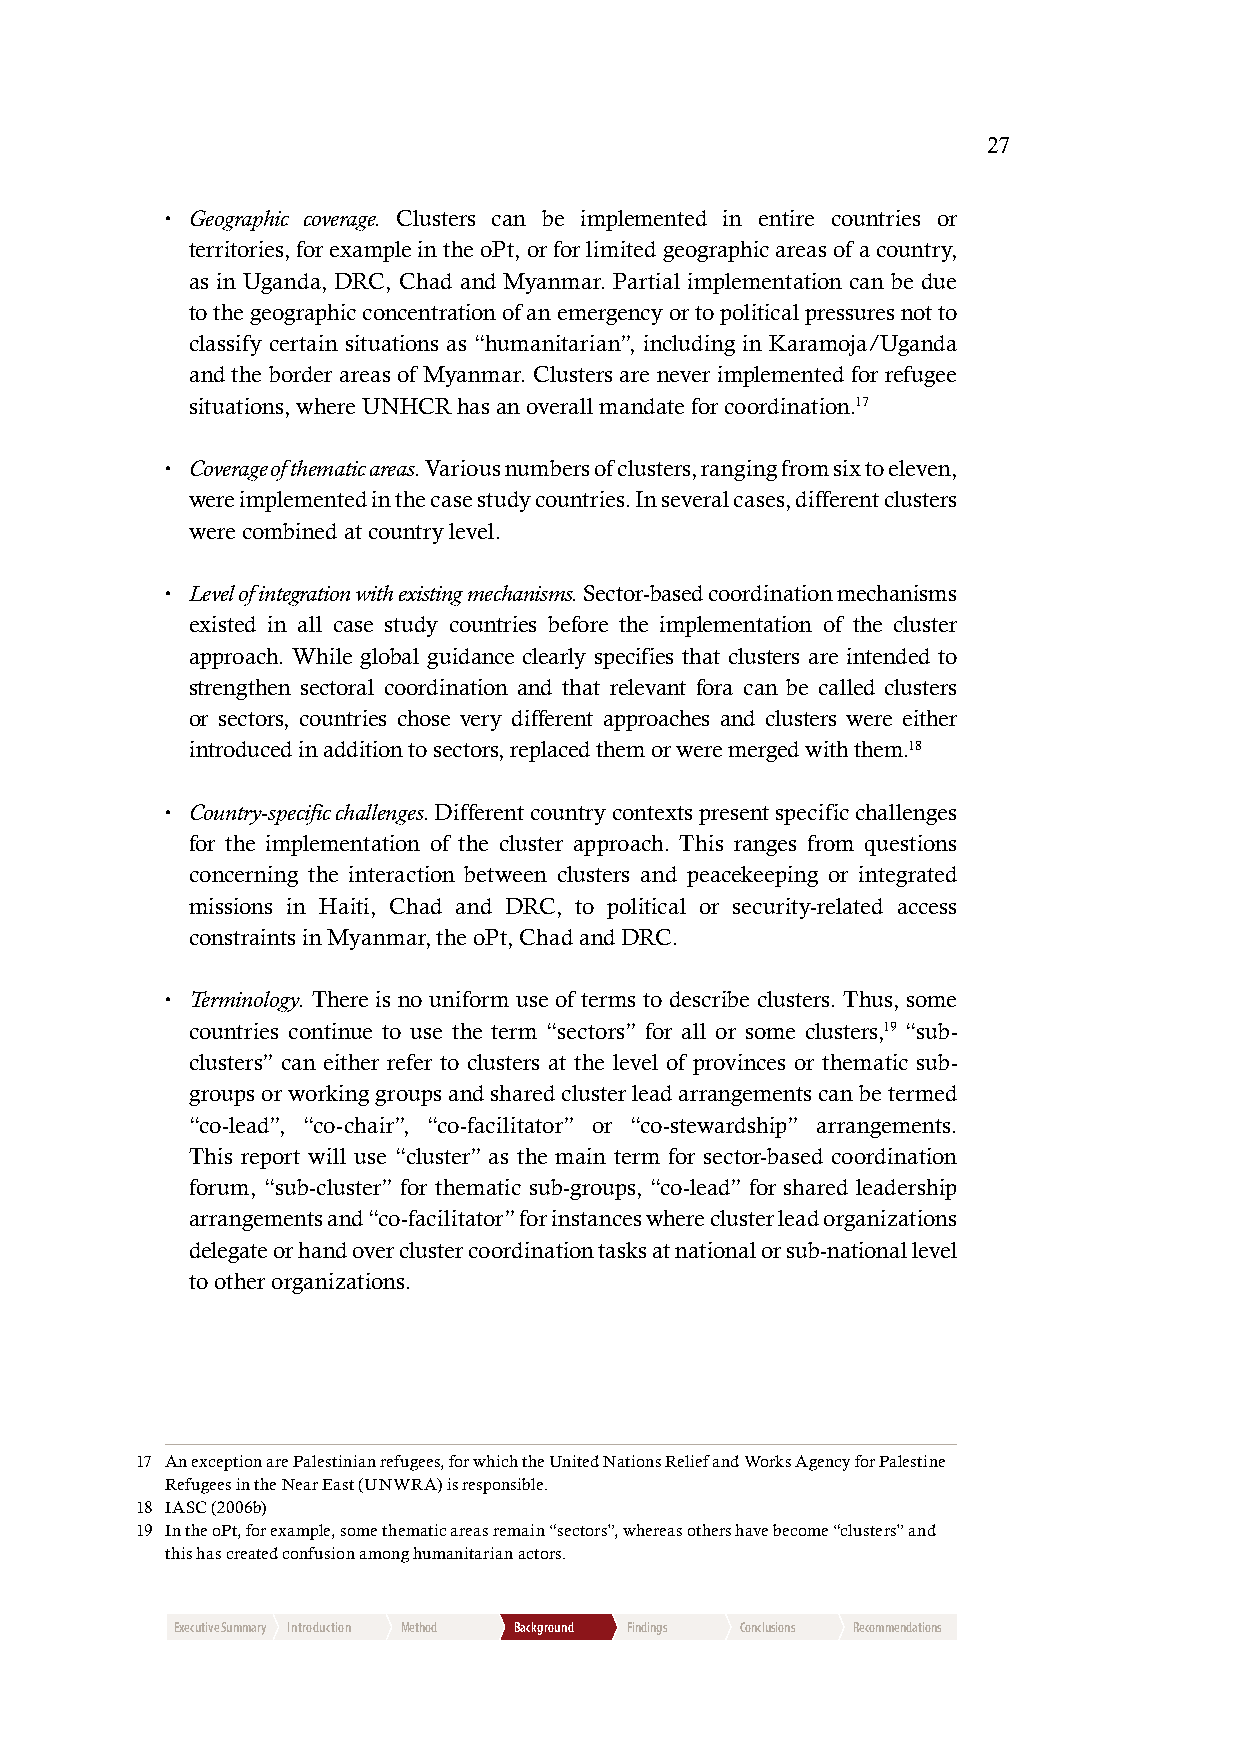
27
 • Geographic coverage. Clusters can be implemented in entire countries or
 territories, for example in the oPt, or for limited geographic areas of a country,
 as in Uganda, DRC, Chad and Myanmar. Partial implementation can be due
 to the geographic concentration of an emergency or to political pressures not to
 classify certain situations as “humanitarian”, including in Karamoja/Uganda
 and the border areas of Myanmar. Clusters are never implemented for refugee
 situations, where UNHCR has an overall mandate for coordination.17
 • Coverage of thematic areas. Various numbers of clusters, ranging from six to eleven,
 were implemented in the case study countries. In several cases, different clusters
 were combined at country level.
 • Level of integration with existing mechanisms. Sector-based coordination mechanisms
 existed in all case study countries before the implementation of the cluster
 approach. While global guidance clearly specifies that clusters are intended to
 strengthen sectoral coordination and that relevant fora can be called clusters
 or sectors, countries chose very different approaches and clusters were either
 introduced in addition to sectors, replaced them or were merged with them.18
 • Country-specific challenges. Different country contexts present specific challenges
 for the implementation of the cluster approach. This ranges from questions
 concerning the interaction between clusters and peacekeeping or integrated
 missions in Haiti, Chad and DRC, to political or security-related access
 constraints in Myanmar, the oPt, Chad and DRC.
 • Terminology. There is no uniform use of terms to describe clusters. Thus, some
 countries continue to use the term “sectors” for all or some clusters,19 “sub-
 clusters” can either refer to clusters at the level of provinces or thematic sub-
 groups or working groups and shared cluster lead arrangements can be termed
 “co-lead”, “co-chair”, “co-facilitator” or “co-stewardship” arrangements.
 This report will use “cluster” as the main term for sector-based coordination
 forum, “sub-cluster” for thematic sub-groups, “co-lead” for shared leadership
 arrangements and “co-facilitator” for instances where cluster lead organizations
 delegate or hand over cluster coordination tasks at national or sub-national level
 to other organizations.
 17 An exception are Palestinian refugees, for which the United Nations Relief and Works Agency for Palestine
 Refugees in the Near East (UNWRA) is responsible.
 18 IASC (2006b)
 19 In the oPt, for example, some thematic areas remain “sectors”, whereas others have become “clusters” and
 this has created confusion among humanitarian actors.
 Executive Summary Introduction Method Background Findings Conclusions Recommendations